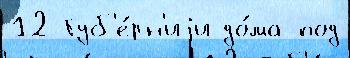
12 Губ'е́рн'иjи до́ма под